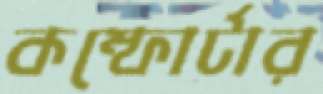
কম্ফোর্টার